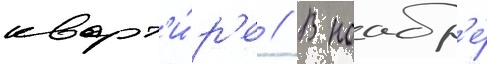
кварт'и́р'е // В ноабр'е́